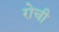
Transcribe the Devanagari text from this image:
रोची